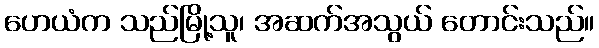
ဟေယံက သည်မြို့သူ၊ အဆက်အသွယ် တောင်းသည်။